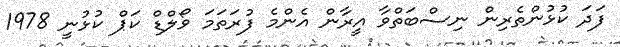
ފަދަ ކުޅުންތެރިން ނިސްބަތްވާ އީރާން އެންމެ ފުރަތަމަ ވޯލްޑް ކަޕް ކުޅުނީ 1978